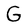
Character: G